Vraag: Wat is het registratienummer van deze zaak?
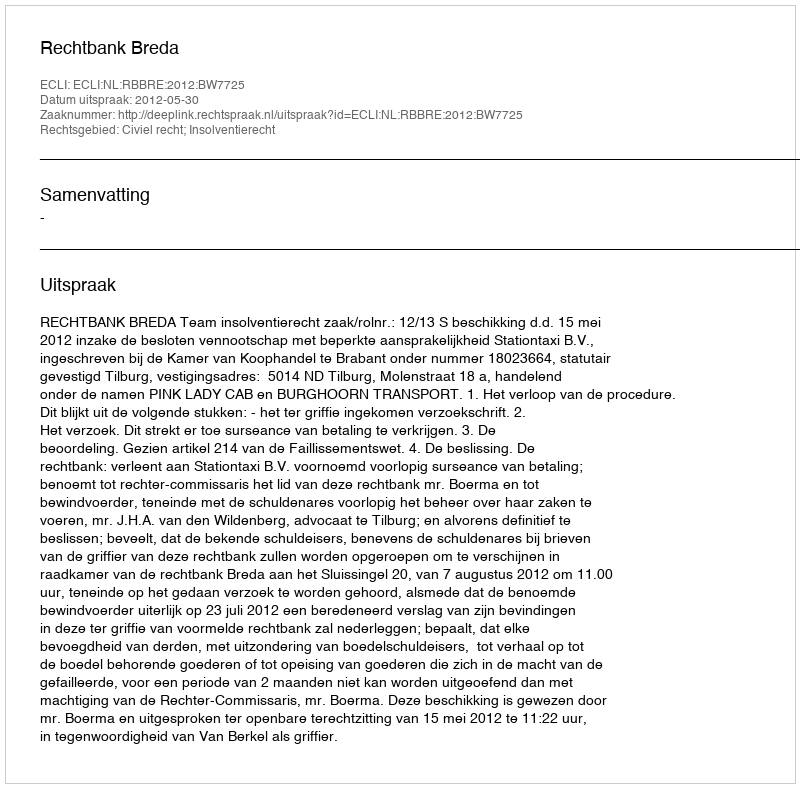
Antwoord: http://deeplink.rechtspraak.nl/uitspraak?id=ECLI:NL:RBBRE:2012:BW7725